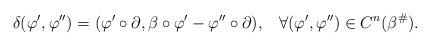
LaTeX: \begin{align*}\footnotesize\delta(\varphi ',\varphi '')=(\varphi ' \circ \partial, \beta \circ \varphi ' -\varphi '' \circ \partial), ~~~ \forall (\varphi ',\varphi '') \in C^n(\beta^{\#}).\end{align*}